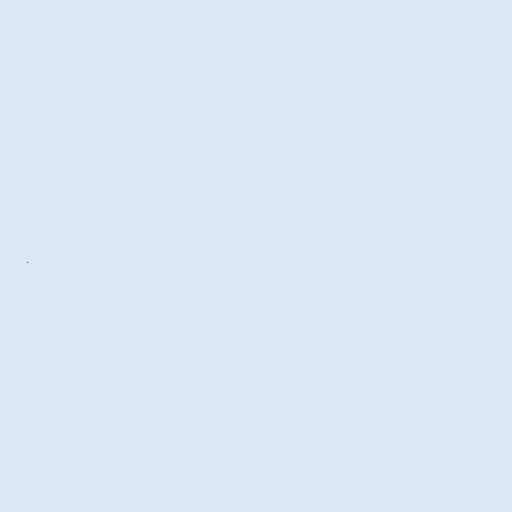
.